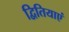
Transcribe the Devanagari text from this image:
द्वितियाएं